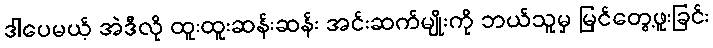
ဒါပေမယ့် အဲဒီလို ထူးထူးဆန်းဆန်း အင်းဆက်မျိုးကို ဘယ်သူမှ မြင်တွေ့ဖူးခြင်း